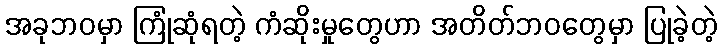
အခုဘဝမှာ ကြုံဆုံရတဲ့ ကံဆိုးမှုတွေဟာ အတိတ်ဘဝတွေမှာ ပြုခဲ့တဲ့